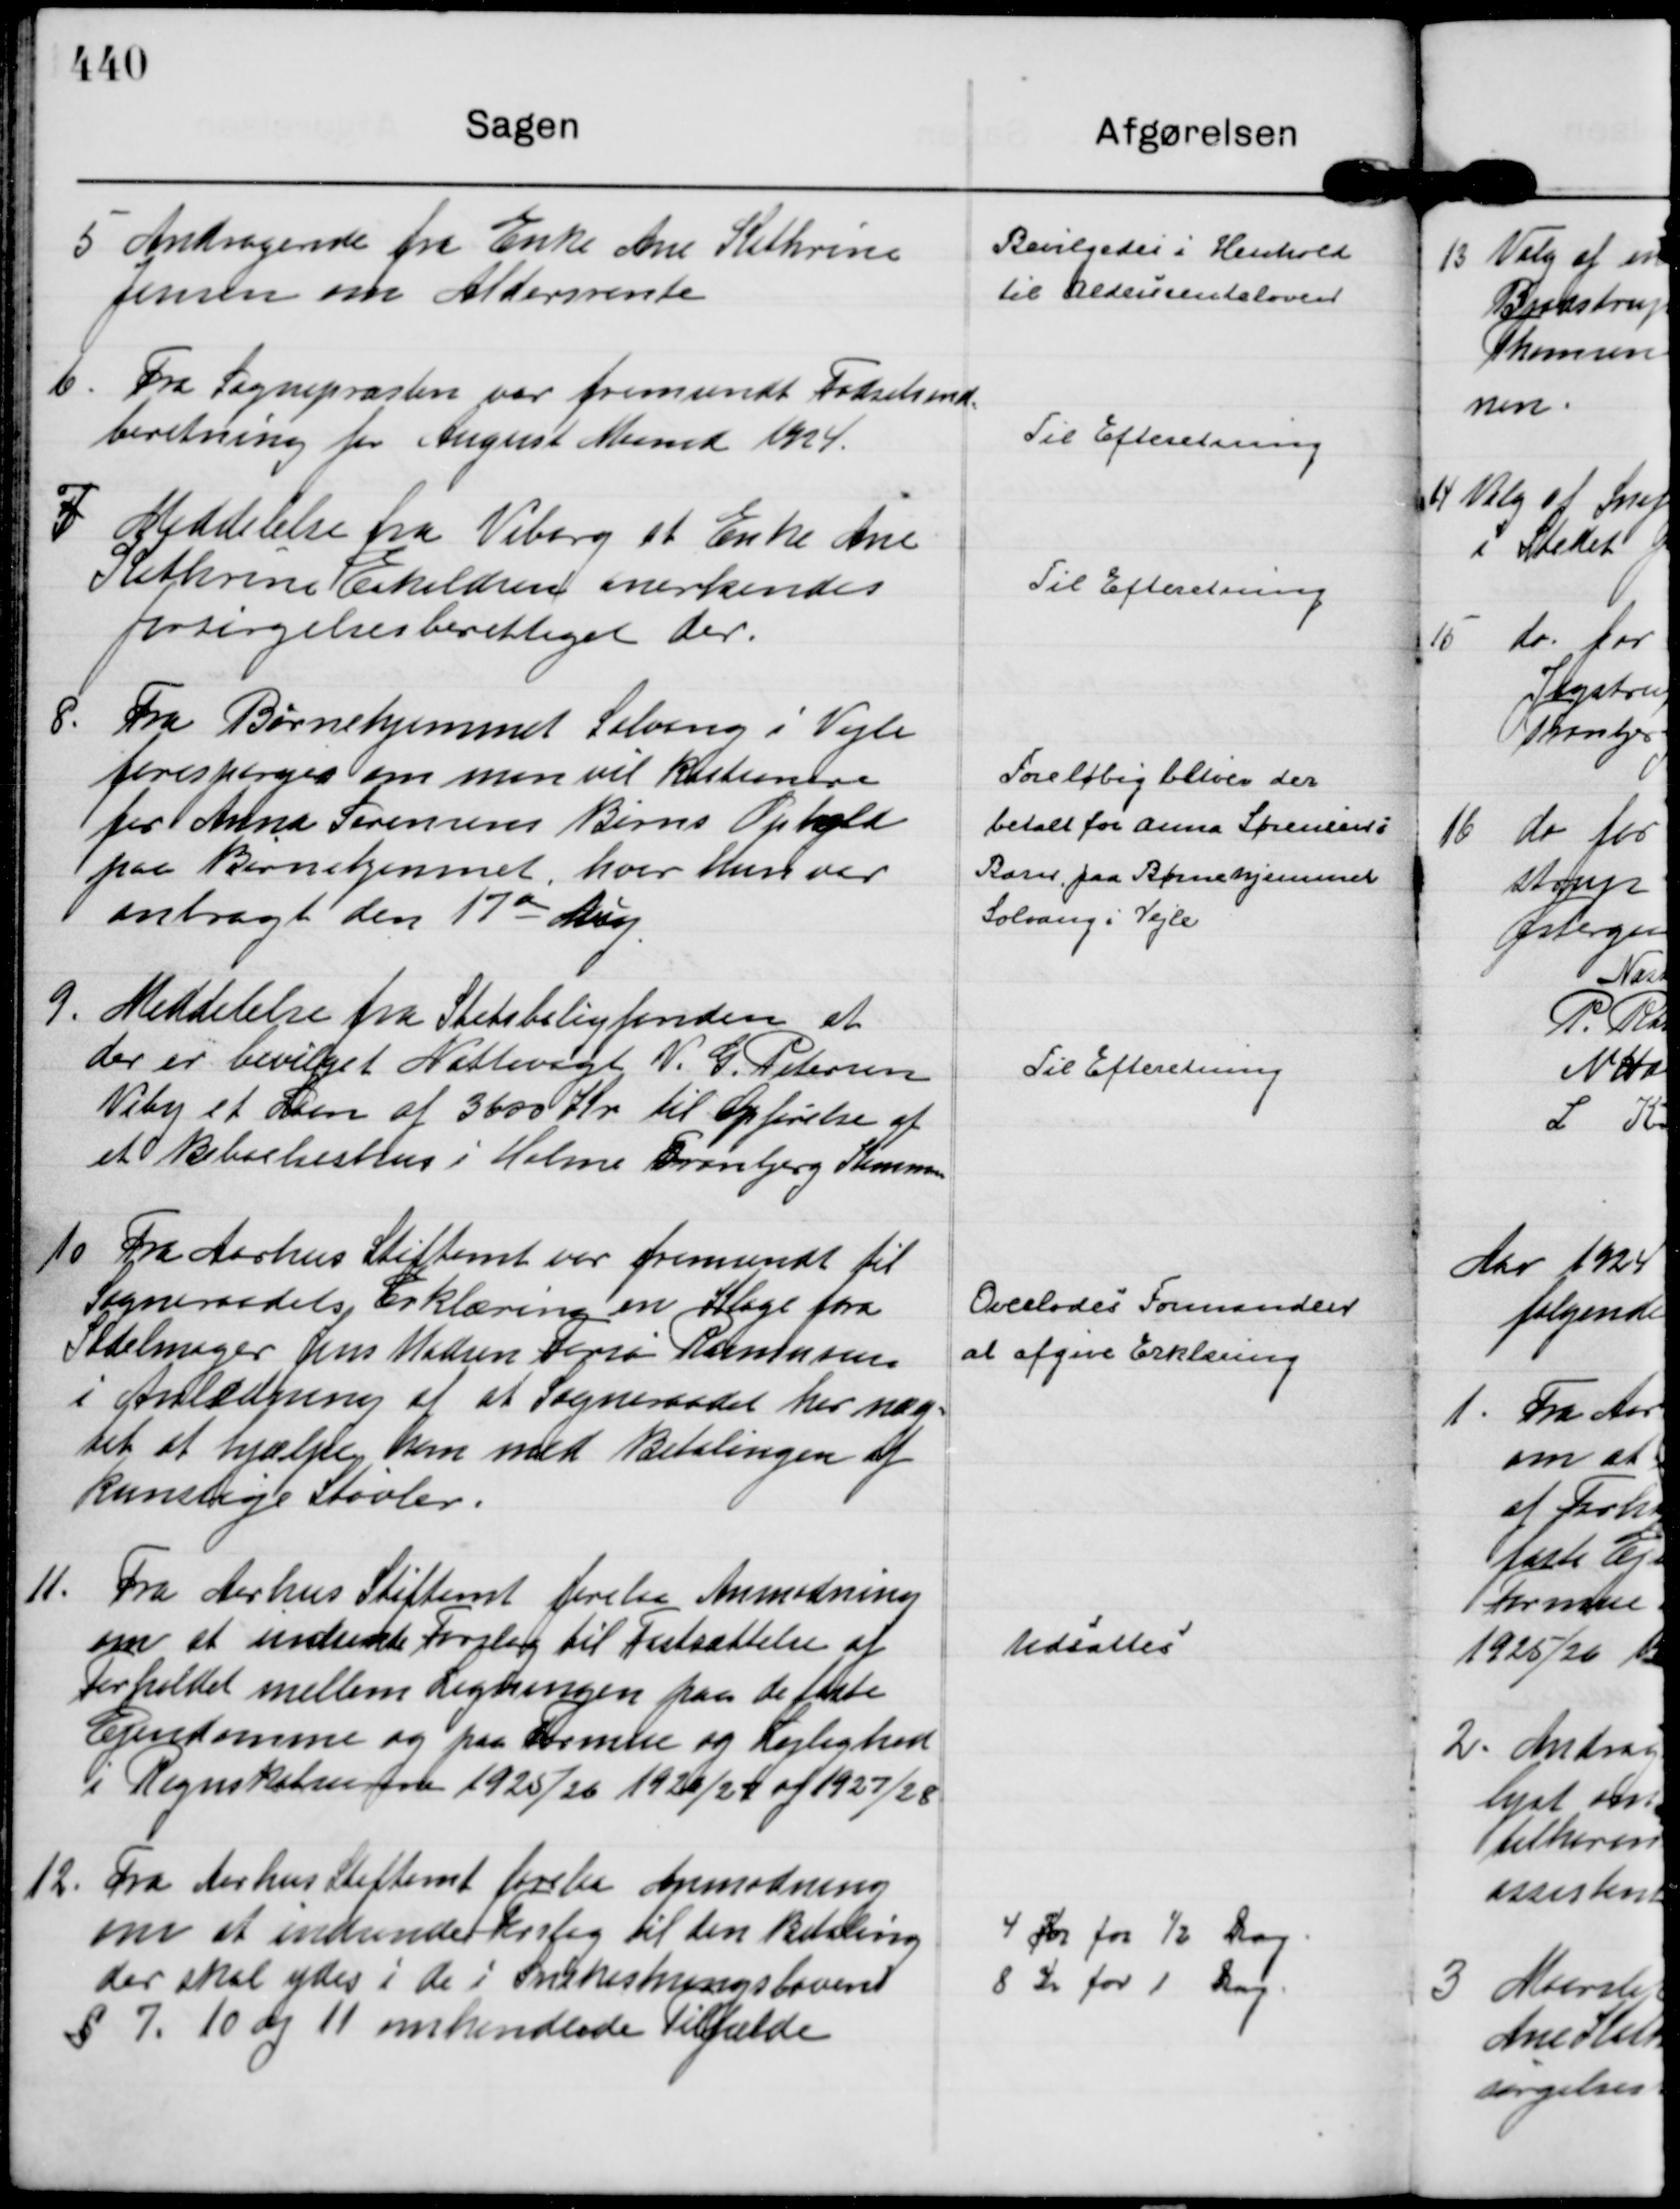
Transskription:
5
Andragende fra Enke Ane Kathrine
Jensen om Aldersrente

Bevilgedes i Henhold
til Aldersrenteloven

6.
Fra Sognepræsten var fremsendt Fødselsind=
beretning for August Maaned 1924.

Til Efteretning

7
Meddelelse fra Viborg at Enke Ane
Kathrine Eskildsen anerkendes
forsørgelsesberettiget der.

Til Efteretning

8.
Fra Børnehjemmet Solvang i Vejle
forespørges om man vil kautionere
for Anna Sørensens Børns Ophold
paa Børnehjemmet, hvor hun var
anbragt den 17 de Aug.

Foreløbig bliver der
betalt for Anna Sørensens
Barn paa Børnehjemmet
Solvang i Vejle

9.
Meddelelse fra Statsboligfonden at
der er bevilget Nattevagt V. G. Petersen
Viby et Laan af 3600 Kr til Opførelse af
et Beboelseshus i Holme Tranbjerg Kommn

Til Efteretning

10
Fra Aarhus Stiftamt var fremsendt til
Sogneraadets Erklæring en Klage fra
Sadelmager Jens Madsen Forsø Rasmussen
i Anledning af at Sogneraadet har næg=
tet at hjælpe ham med Betalingen af
kunstige Støvler.

Overlodes Formanden
at afgive Erklæring

11.
Fra Aarhus Stiftamt forelaa Anmodning
om at indsende Forslag til Fastsættelse af
Forholdet mellem Ligningen paa de faste
Ejendomme og paa Formue og Lejlighed
i Regnskabsaarene 1925/26 1926/27 og 1927/28

Udsattes

12.
Fra Aarhus Stiftamt forelaa Anmodning
om at indsende Forslag til den Betaling
der skal ydes i de i Snekastningslovens
§ 7. 10 og 11 omhandlede tilfælde

4 Kr for ½ Dag.
8 Kr for 1 Dag.